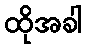
ထိုအခါ